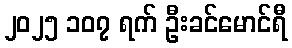
၂၀၂၅ ၁၀၇ ရက် ဦးခင်မောင်ရီ